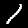
Digit: 1